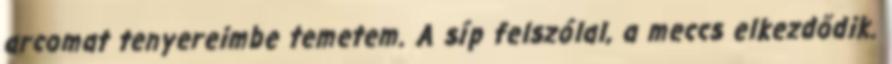
arcomat tenyereimbe temetem. A síp felszólal, a meccs elkezdődik.